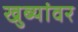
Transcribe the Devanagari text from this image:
खुब्यांवर